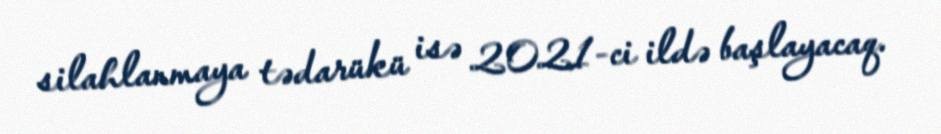
silahlanmaya tədarükü isə 2021-ci ildə başlayacaq.